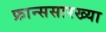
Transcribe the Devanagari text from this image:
फ्रान्ससारख्या